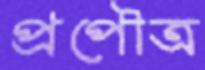
প্রপৌত্র